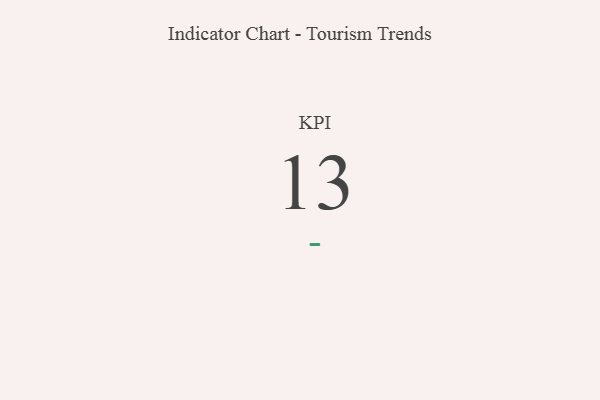
{"axis": {"x": "KPI", "y": "Value"}, "legend": [""], "data": [{"x": "KPI", "y": 13, "type": ""}]}